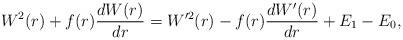
LaTeX: \begin{align*} W^2(r) + f(r) \frac{dW(r)}{dr} = W^{\prime2}(r) - f(r) \frac{dW'(r)}{dr} + E_1 - E_0, \end{align*}